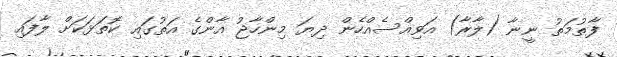
ފާތުމަތު ނީނާ (ލާރާ) އަވިއްސެއްހެން ދިޔަ މިންހާޖު އާންގެ އަތުގައި ކޮތަޅަކަށް ލާފައި